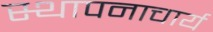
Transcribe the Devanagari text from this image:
स्थापनाचार्य